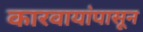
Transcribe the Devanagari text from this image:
कारवायांपासून